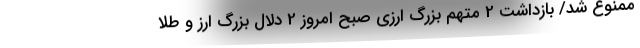
ممنوع شد/ بازداشت 2 متهم بزرگ ارزی صبح امروز 2 دلال بزرگ ارز و طلا